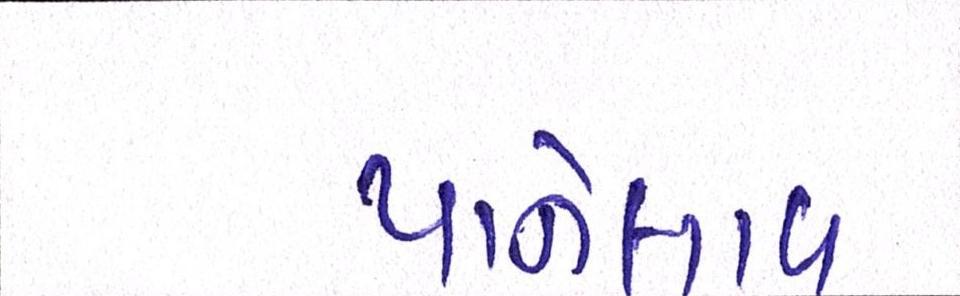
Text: પાનેલાવ